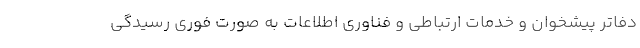
دفاتر پیشخوان و خدمات ارتباطی و فناوری اطلاعات به صورت فوری رسیدگی